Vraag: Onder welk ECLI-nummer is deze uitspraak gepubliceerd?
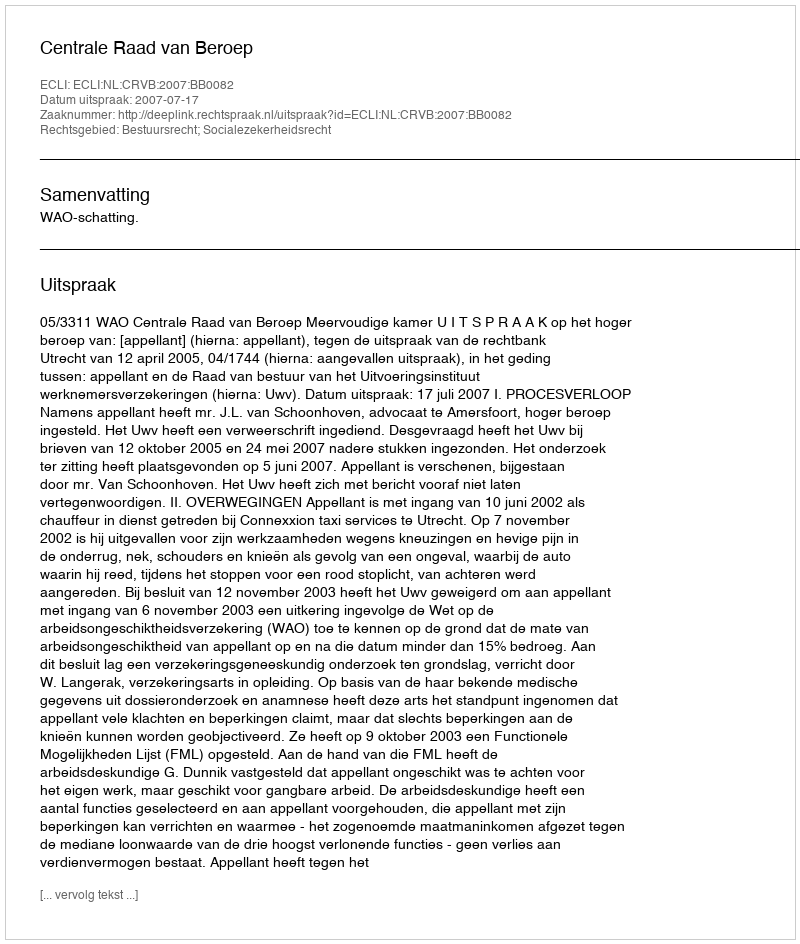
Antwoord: ECLI:NL:CRVB:2007:BB0082